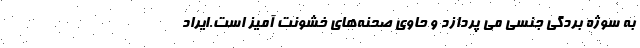
به سوژه بردگی جنسی می پردازد و حاوی صحنه‌های خشونت آمیز است.ایراد